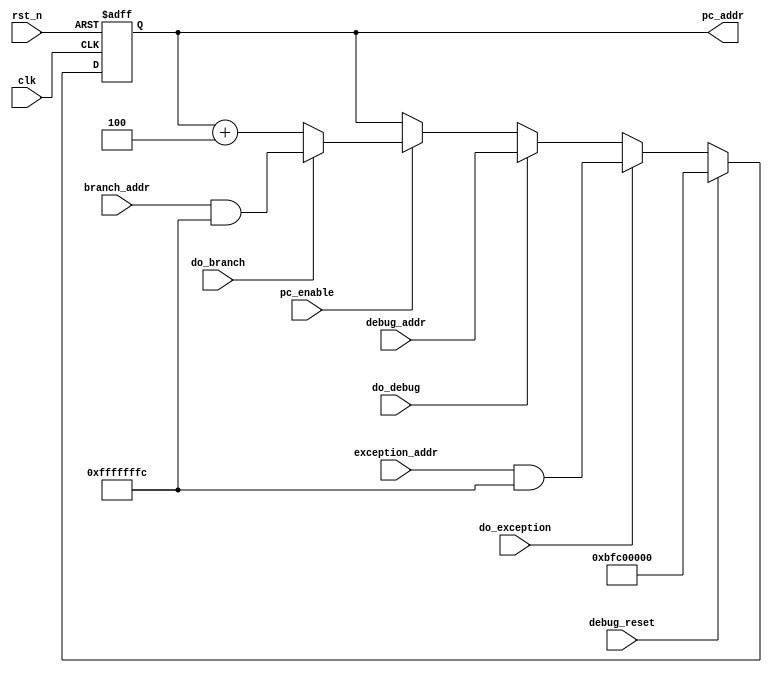
/*-----------------------------------------------------
 File Name : pc.v
 Purpose : program counter in step_if
 Creation Date : 18-10-2016
 Last Modified : Wed Nov 16 19:46:13 2016
 Created By : Jeasine Ma [jeasinema[at]gmail[dot]com]
-----------------------------------------------------*/
`ifndef __PC_V__
`define __PC_V__
`default_nettype none
`timescale 1ns/1ns

module pc(/*autoarg*/
    //Inputs
    clk, rst_n, pc_enable, do_branch, branch_addr,
    do_exception, exception_addr, do_debug,
    debug_reset, debug_addr,

    //Outputs
    pc_addr
);


    parameter PC_INITIAL_VAL = 32'hbfc00000;    // reset interrupt vector is 32'hBFC00000, ref to vol3P30
    parameter PC_EXCEPTION_BASE = 32'hfffffffc;  // need to be aligned with word
    parameter PC_BRANCH_BASE = 32'hfffffffc;  // need to be aligned with word

    input wire clk;
    input wire rst_n;
    input wire pc_enable;

    input wire do_branch;
    input wire[31:0] branch_addr;

    input wire do_exception;
    input wire[31:0] exception_addr;

    input wire do_debug;
    input wire debug_reset;
    input wire[31:0] debug_addr;

    output reg[31:0] pc_addr = PC_INITIAL_VAL;  // need a init val

    always @(posedge clk or negedge rst_n)
    begin
        // reset pc address to init val
        if (!rst_n)
            pc_addr <= PC_INITIAL_VAL;
        // reset when debug
        else if (debug_reset)
            pc_addr <= PC_INITIAL_VAL;
        // jump to target addr when exception occurs
        else if (do_exception)
            pc_addr <= exception_addr & PC_EXCEPTION_BASE;
        // jump to target addr when debug
        else if (do_debug)
            pc_addr <= debug_addr;
        // now only work when pc is enable (not stall)
        else if (pc_enable)
        begin
            // jump to target addr when branch
            if (do_branch)
                pc_addr <= branch_addr & PC_BRANCH_BASE;
            // normal condition, += 4
            else
                pc_addr <= pc_addr + 32'd4;
        end
    end

    // for debug output
    always @(posedge clk) $display("PC=%x", pc_addr);

endmodule

`endif